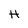
Character: H